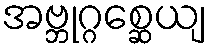
အဗ္ဘုဂ္ဂစ္ဆေယျ